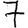
Digit: 7